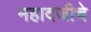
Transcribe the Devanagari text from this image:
महादजीचे